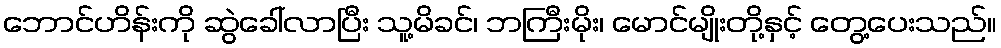
ဘောင်ဟိန်းကို ဆွဲခေါ်လာပြီး သူ့မိခင်၊ ဘကြီးမိုး၊ မောင်မျိုးတို့နှင့် တွေ့ပေးသည်။